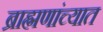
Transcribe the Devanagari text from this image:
ब्राह्मणांच्यात